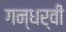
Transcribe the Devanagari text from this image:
गन्धर्वी